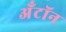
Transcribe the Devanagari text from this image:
अँटॉन